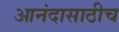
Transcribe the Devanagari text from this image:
आनंदासाठीच